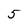
Character: 5